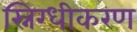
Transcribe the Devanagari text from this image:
स्निग्धीकरण